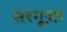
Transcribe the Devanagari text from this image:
सरगूज़ा